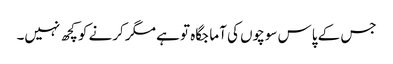
جس کے پاس سوچوں کی آما جگاہ تو ہے مگر کرنے کو کچھ نہیں۔